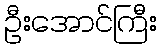
ဦးအောင်ကြီး